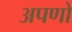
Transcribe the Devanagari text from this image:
अपणों